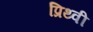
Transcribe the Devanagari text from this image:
प्रिथ्वी